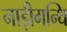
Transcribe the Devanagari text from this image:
नाड़ीगन्थि